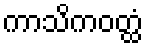
ကာသိကဝတ္ထံ